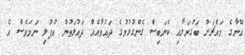
އޭނާގެ މައްޗަށް ބަގުރަލާއި ކެނަބިސް ގެންގުޅުމުގެ ދައުވާއެއް ދައުލަތުން އުފުލި ނަމަވެސް އެ